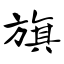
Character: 旗